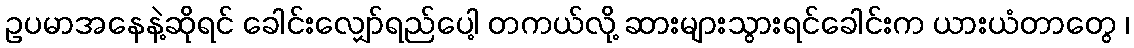
ဥပမာအနေနဲ့ဆိုရင် ခေါင်းလျှော်ရည်ပေါ့ တကယ်လို့ ဆားများသွားရင်ခေါင်းက ယားယံတာတွေ ၊